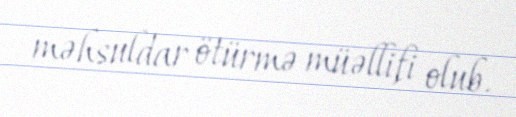
məhsuldar ötürmə müəllifi olub.